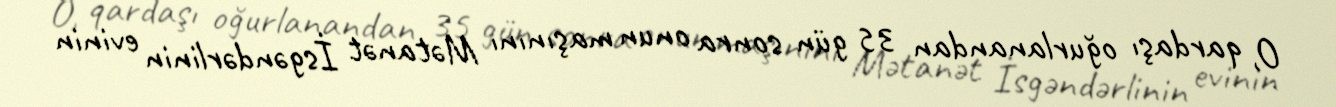
O, qardaşı oğurlanandan 35 gün sonra onun maşınını Mətanət İsgəndərlinin evinin